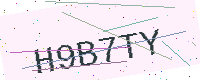
Text: H9B7TY